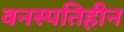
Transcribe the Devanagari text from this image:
वनस्पतिहीन